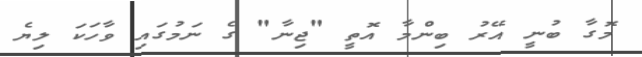
މޮގާ ބުނީ އޭރު ބިންމާ އޮތީ "ޖިނާ" ގެ ނަމުގައި ވާހަކަ ލިޔެ